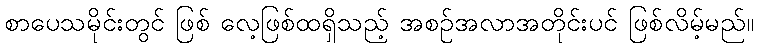
စာပေသမိုင်းတွင် ဖြစ် လေ့ဖြစ်ထရှိသည့် အစဉ်အလာအတိုင်းပင် ဖြစ်လိမ့်မည်။